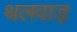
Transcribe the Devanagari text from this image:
थलवाड़